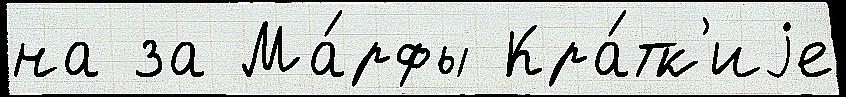
на за Ма́рфы Кра́тк'иjе